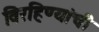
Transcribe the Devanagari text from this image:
विरहिण्यांची